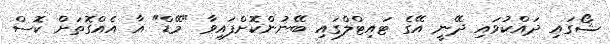
ޝޯގައި ދައްކުވައި ދޭނީ އޭގެ ޓައިޓްލްގައި ބޭނުންކޮށްފައިވާ "މޭޑް" އާ އެއްގޮތަށް ކޮސް